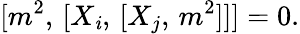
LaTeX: {\lbrack{m^{2}},\, \lbrack{X_{\mathit{i}}},\, \lbrack{X_{j}},\, {m^{2}}\rbrack\rbrack\rbrack}=0.